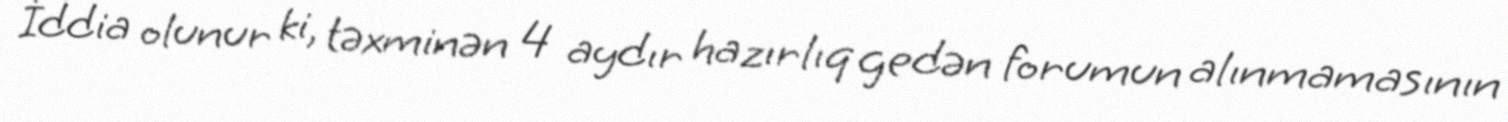
İddia olunur ki, təxminən 4 aydır hazırlıq gedən forumun alınmamasının